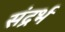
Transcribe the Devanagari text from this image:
संद्रर्भ